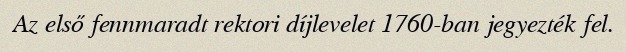
Az első fennmaradt rektori díjlevelet 1760-ban jegyezték fel.